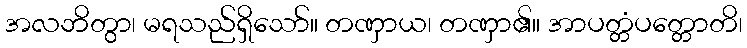
အလဘိတွာ၊ မရသည်ရှိသော်။ တဏှာယ၊ တဏှာ၏။ အာပတ္တံပတ္တောတိ၊